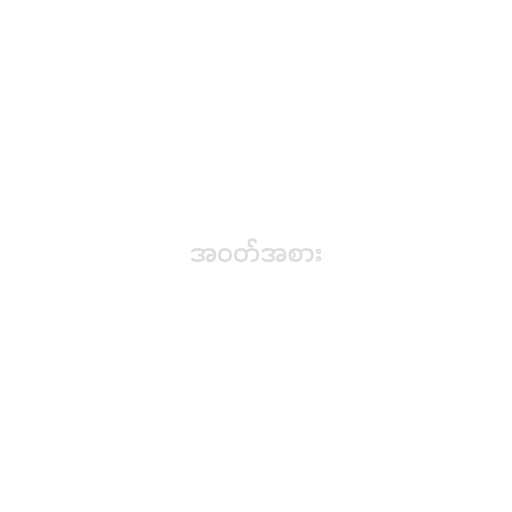
အဝတ်အစား